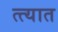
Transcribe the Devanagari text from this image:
त्त्यात